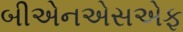
બીએનએસએફ